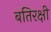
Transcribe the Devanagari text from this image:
बतिरक्षी